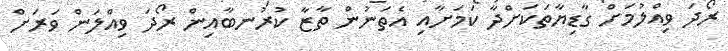
ރޯދަ ވިއްލުމަށް ގާޑިޔާތަކަށްދާ ކަމަށާއި އެތަނުން ތާޒާ ކުރުނބާއިން ރޯދަ ވިއްލަން ވަރަށް